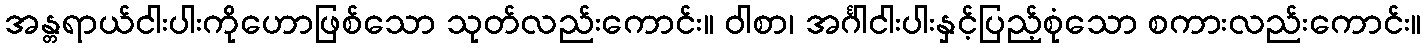
အန္တရာယ်ငါးပါးကိုဟောဖြစ်သော သုတ်လည်းကောင်း။ ဝါစာ၊ အင်္ဂါငါးပါးနှင့်ပြည့်စုံသော စကားလည်းကောင်း။